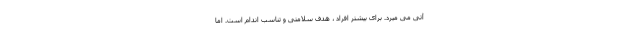
آتی می میرد. برای بیشتر افراد ، هدف سلامتی و تناسب اندام است. اما